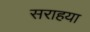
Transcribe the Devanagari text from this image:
सराहया